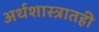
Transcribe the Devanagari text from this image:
अर्थशास्त्रातही